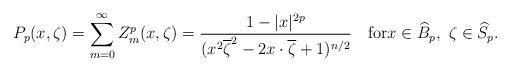
LaTeX: \begin{align*}P_p(x,\zeta)=\sum_{m=0}^{\infty}Z^p_m(x,\zeta)=\frac{1-|x|^{2p}}{(x^2\overline{\zeta}^2-2x\cdot\overline{\zeta}+1)^{n/2}}\quad\textrm{for}x\in \widehat{B}_p,\,\, \zeta \in \widehat{S}_p.\end{align*}